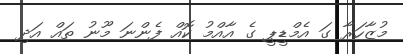
މުޒާހަރާ ގަ އެމްޑީޕީ ގެ އާއްމު ކޮއް ފެންނަ މޫނު ތައް އަދި